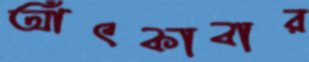
আঁৎকাবার